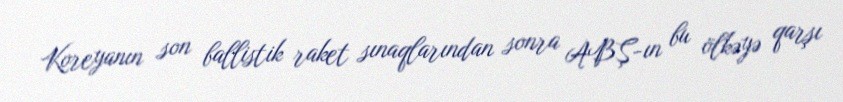
Koreyanın son ballistik raket sınaqlarından sonra ABŞ-ın bu ölkəyə qarşı